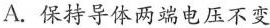
A.保持导体两端电压不变